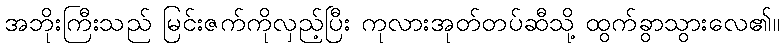
အဘိုးကြီးသည် မြင်းဇက်ကိုလှည့်ပြီး ကုလားအုတ်တပ်ဆီသို့ ထွက်ခွာသွားလေ၏။